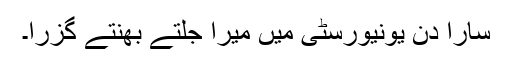
سارا دن یونیورسٹی میں میرا جلتے بھنتے گزرا۔